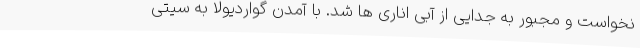
نخواست و مجبور به جدایی از آبی اناری ها شد. با آمدن گواردیولا به سیتی